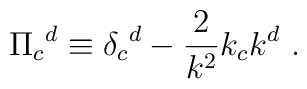
\Pi _c{}^d \equiv \delta _c{}^d -  {2\over k^2}k_ck^d \ .